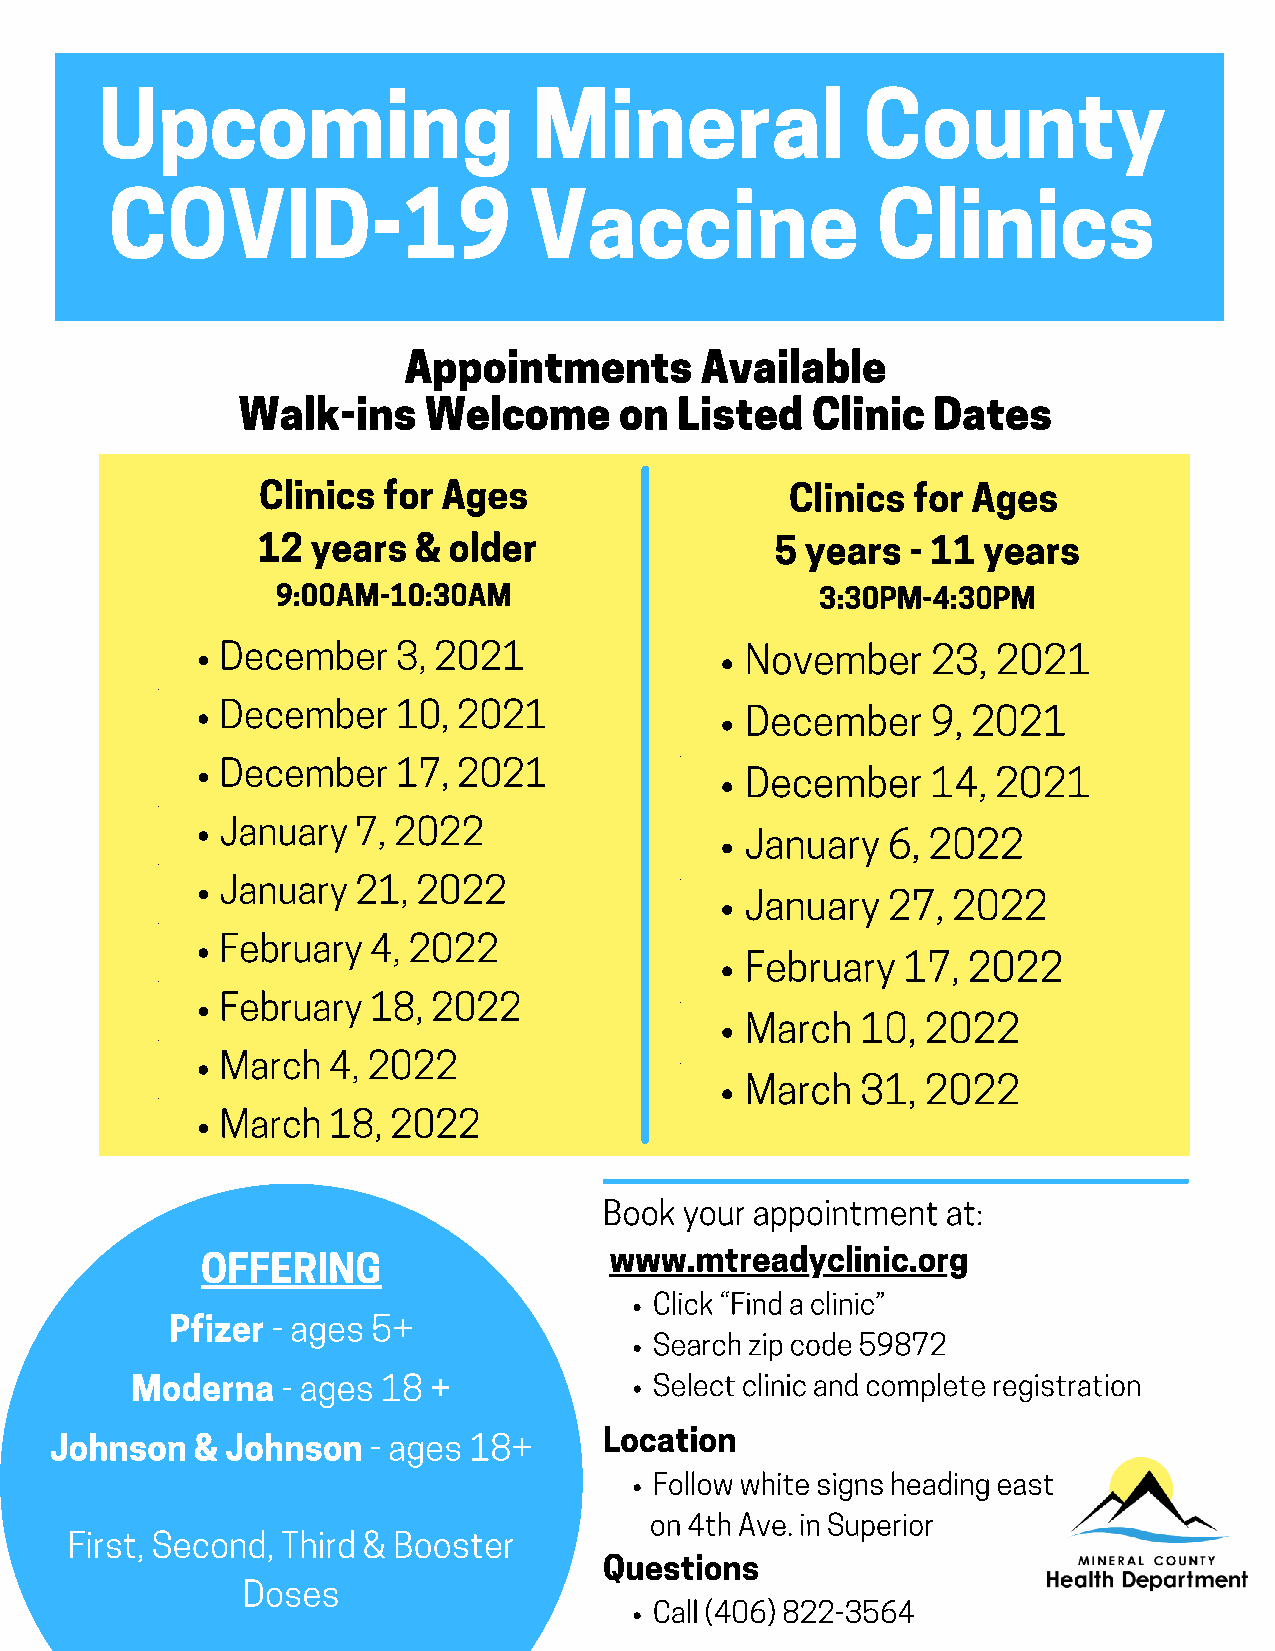
Upcoming                     Mineral               County
 COVID-19                    Vaccine                Clinics
 Appointments       Available
 Walk-ins    Welcome      on  Listed   Clinic  Dates
 Clinics for Ages                   Clinics for Ages
 12  years &  older                5 years  - 11 years
 9:00AM-10:30AM                      3:30PM-4:30PM
 December   3, 2021                November     23, 2021
 December   10, 2021               December     9, 2021
 December   17, 2021
 December     14, 2021
 January  7, 2022
 January   6, 2022
 January  21, 2022
 January   27, 2022
 February 4, 2022
 February   17, 2022
 February 18,  2022
 March   10, 2022
 March  4, 2022
 March   31, 2022
 March  18, 2022
 Book your appointment  at:
 ·
 OFFERING                   www.mtreadyclinic.org
 Click “Find a clinic”
 Pfizer - a ges 5+
 Search zip code 59872
 Moderna   - ages 18 +             Select clinic and complete registration
 Location
 Johnson   & Johnson  - ages 18+
 Follow white signs heading east
 on 4th Ave. in Superior
 First, Second, Third & Booster
 Questions
 Doses
 Call (406) 822-3564